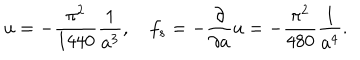
u = - { \frac { \pi ^ { 2 } } { 1 4 4 0 } } { \frac { 1 } { a ^ { 3 } } } , \quad f _ { s } = - { \frac { \partial } { \partial a } } u = - { \frac { \pi ^ { 2 } } { 4 8 0 } } { \frac { 1 } { a ^ { 4 } } } .